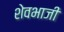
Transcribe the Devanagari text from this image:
शेवभाजी